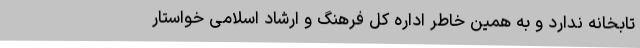
تابخانه ندارد و به همین خاطر اداره کل فرهنگ و ارشاد اسلامی خواستار